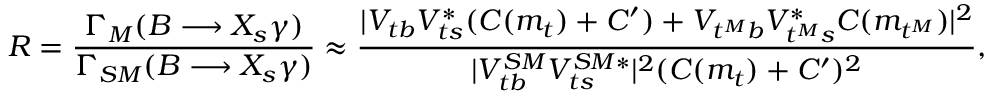
R = \frac { \Gamma _ { M } ( B \longrightarrow X _ { s } \gamma ) } { \Gamma _ { S M } ( B \longrightarrow X _ { s } \gamma ) } \approx \frac { | V _ { t b } V _ { t s } ^ { * } ( C ( m _ { t } ) + C ^ { \prime } ) + V _ { t ^ { M } b } V _ { t ^ { M } s } ^ { * } C ( m _ { t ^ { M } } ) | ^ { 2 } } { | V _ { t b } ^ { S M } V _ { t s } ^ { S M * } | ^ { 2 } ( C ( m _ { t } ) + C ^ { \prime } ) ^ { 2 } } ,